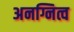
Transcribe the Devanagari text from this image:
अनग्नित्व